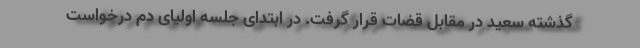
گذشته سعید در مقابل قضات قرار گرفت. در ابتدای جلسه اولیای دم درخواست